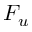
F _ { u }